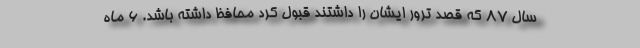
سال ۸۷ که قصد ترور ایشان را داشتند قبول کرد محافظ داشته باشد. ۶ ماه